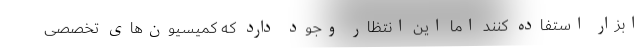
ابزار استفاده کنند اما این انتظار وجود دارد که کمیسیون‌های تخصصی